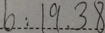
b : 1 9 . 3 8